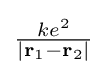
{\textstyle {\frac {ke^{2}}{|\mathbf {r} _{1}-\mathbf {r} _{2}|}}}